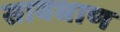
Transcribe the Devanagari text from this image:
सावधाण